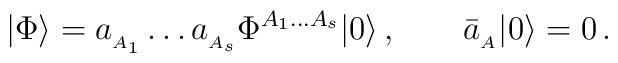
|\Phi\rangle=a_{_{A_1}}\ldots a_{_{A_s}}\Phi^{{\scriptstyle A_1\ldots A_s}}|0\rangle\,,\qquad \bar{a}_{_A}|0\rangle=0\,.